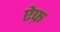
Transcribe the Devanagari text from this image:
ऐफ़